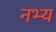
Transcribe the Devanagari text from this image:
नभ्य